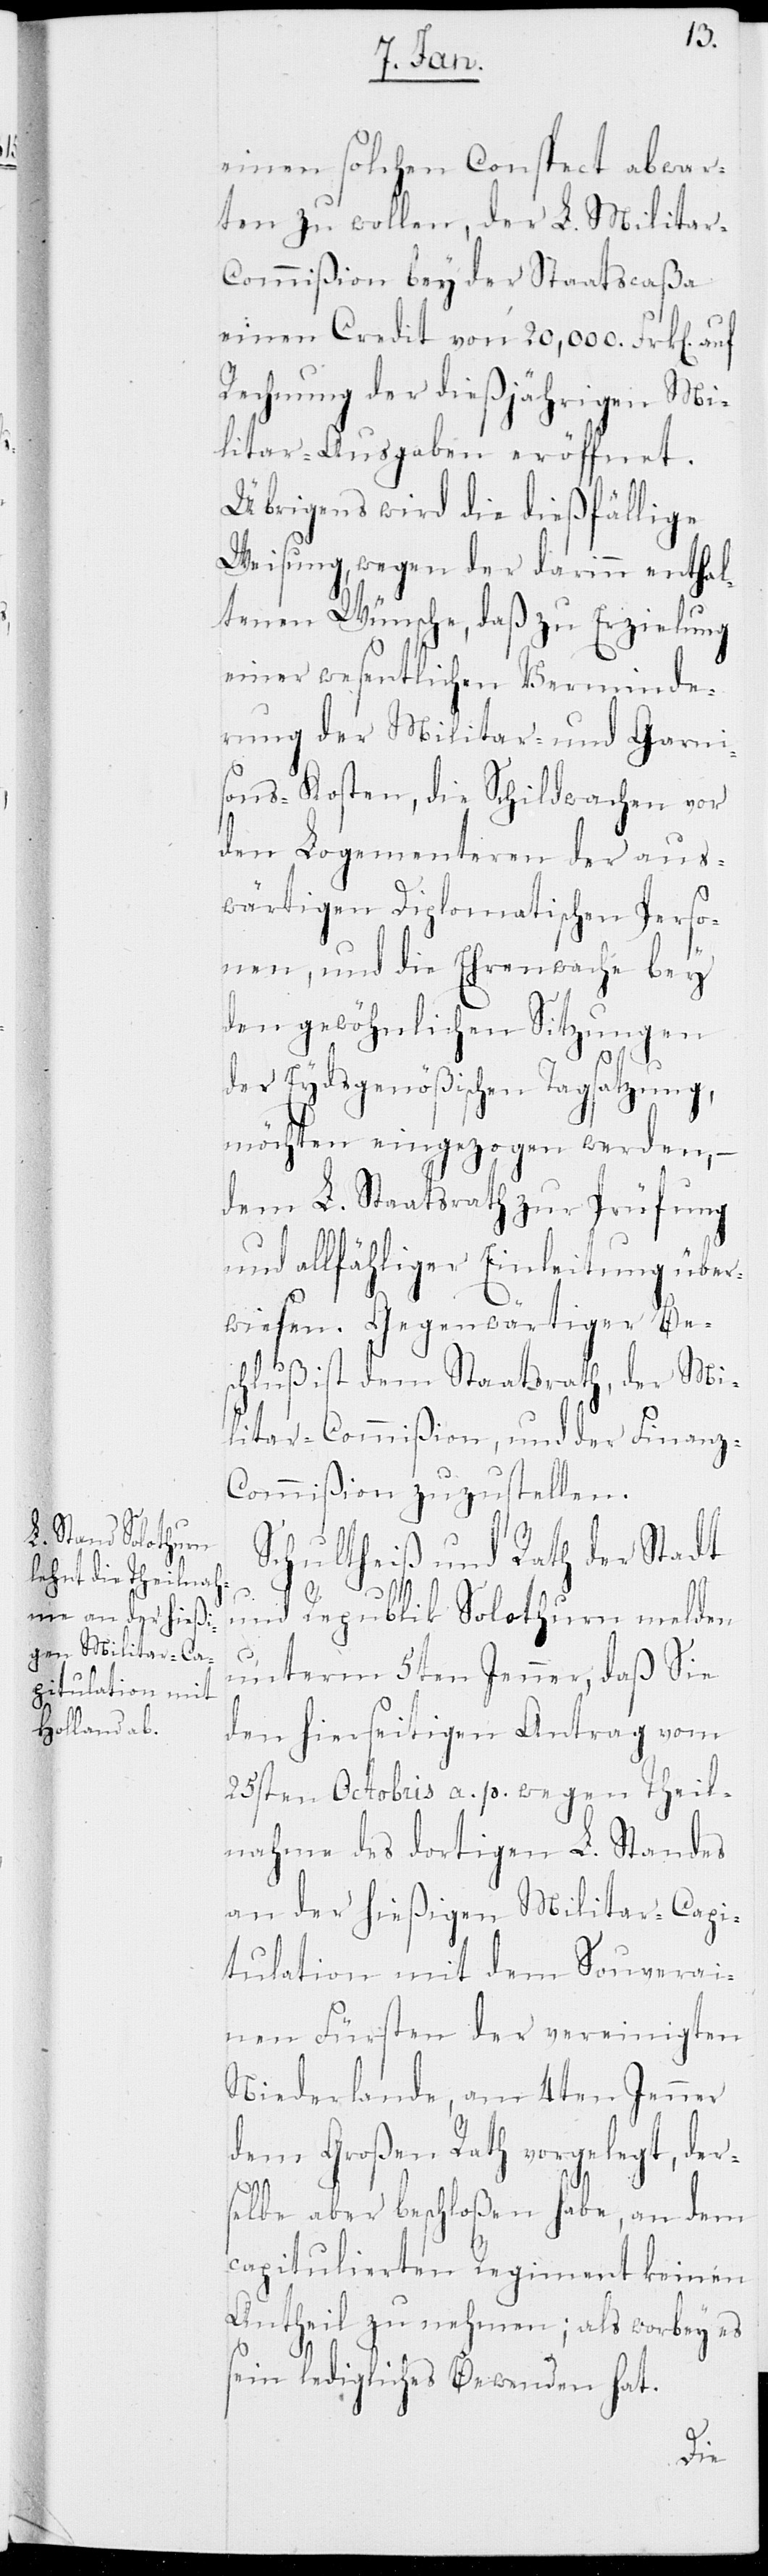
einen solchen Conspect abwar¬
ten zu wollen, der L. Militar-C¬
ommißion bey der Staatscaßa
einen Credit von 20,000. Frk[en].
Rechnung der dießjährigen Mi¬
litar-Ausgaben eröffnet.
Übrigens wird die dießfällige
Weisung, wegen der darinn enthal¬
tenen Wünsche, daß zu Erzielung
einer wesentlichen Verminde¬
rung der Militar- und Garni¬
sons-Kosten, die Schildwachen vor
den Logementeren der aus¬
wärtigen Diplomatischen Perso¬
nen, und die Ehrenwache bey
den gewöhnlichen Sitzungen
der Eydsgenößischen Tagsatzung,
möchten eingezogen werden, –
dem L. Staatsrath zu Prüfung
und allfähliger Einleitung über¬
wiesen. Gegenwärtiger Be¬
schluß ist dem Staatsrath, der Mi¬
litar-Commißion, und der Finan¬
z-Commißion zuzustellen.
Schultheiß und Rath der Stadt
und Republik Solothurn melden
unterm 5ten Jenner, daß Sie
den hierseitigen Antrag vom
25sten Octobris a. p. wegen Theil¬
nahme des dortigen L. Standes
an der hießigen Militar-Capi¬
tulation mit dem Souverai¬
nen Fürsten der vereinigten
Niederlande, am 4ten Jenner
dem Großen Rath vorgelegt, der¬
selbe aber beschloßen habe, an dem
capitulierten Regiment keinen
Antheil zu nehmen; als worbey es
sein ledigliches Bewenden hat.